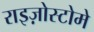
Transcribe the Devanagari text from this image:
राइज़ोस्टोमे